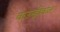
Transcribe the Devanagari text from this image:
बाउन्ड्रीवाल